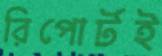
রিপোর্টই